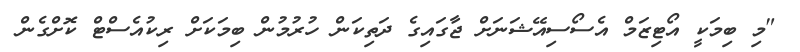
"މި ބިމަކީ އޯޓިޒަމް އެސޯސިއޭޝަނަށް ޖާގައިގެ ދަތިކަން ހުރުމުން ބިމަކަށް ރިކުއެސްޓް ކޮށްގެން